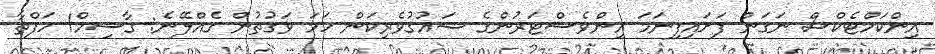
އިންކަމްޓެކްސް ނަގަން ފަށައިފިނަމަ އިންވެސްޓަރުންގެ ޝައުގުވެރިކަން ހަމަ ވަގުތުން ގެއްލޭނެ: ގާސިމް1 ހަފްތާ